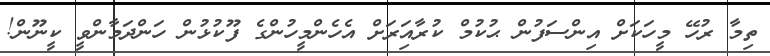
ތިމާ ރުހޭ މީހަކަަށް އިންސަފުން ޙުކުމް ކުރާއިަރަށް އެހެންމީހުންގެ ފޫކުޅުން ހަންދަމާންވީ ކީނޫން!